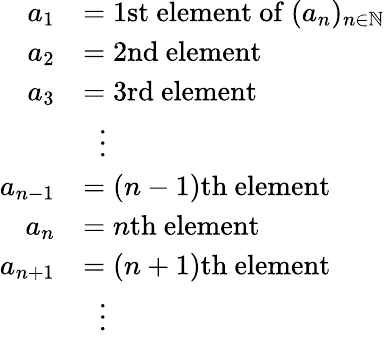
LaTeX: {\begin{array}{rl}{a_{1}}&{=1{\mathrm{st~element~of~}}(a_{n})_{n\in\mathbb{N}}}\\ {a_{2}}&{=2{\mathrm{nd~element~}}}\\ {a_{3}}&{=3{\mathrm{rd~element~}}}\\ &{\; \; \vdots}\\ {a_{n-1}}&{=(n-1){\mathrm{th~element}}}\\ {a_{n}}&{=n{\mathrm{th~element}}}\\ {a_{n+1}}&{=(n+1){\mathrm{th~element}}}\\ &{\; \; \vdots}\end{array}}